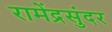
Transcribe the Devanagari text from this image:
रामेंद्रसुंदर